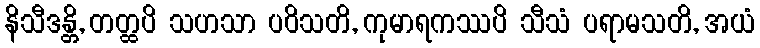
နိသီဒန္တိ, တတ္ထပိ သဟသာ ပဝိသတိ, ကုမာရကဿပိ သီသံ ပရာမသတိ, အယံ